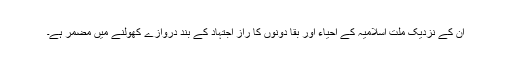
ان کے نزدیک ملت اسلامیہ کے احیاء اور بقا دونوں کا راز اجتہاد کے بند دروازے کھولنے میں مضمر ہے۔